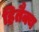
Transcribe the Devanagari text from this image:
हितैक्य